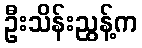
ဦးသိန်းညွန့်က